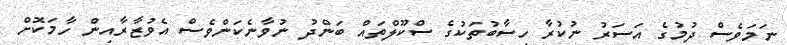
ނަމަވެސް ދުމުގެ އަސަރު ނުކުރާ ހިސާބުތަކުގެ ސްކޫލްތައް ބަންދު ނުވާނެކަންވެސް އެވުޒާރާއިން ހާމަކޮށް